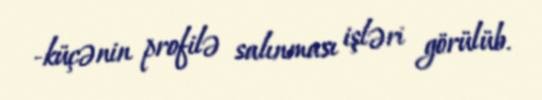
-küçənin profilə salınması işləri görülüb.